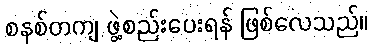
စနစ်တကျ ဖွဲ့စည်းပေးရန် ဖြစ်လေသည်။